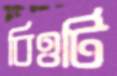
বিওটি